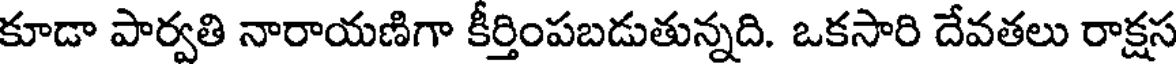
కూడా పార్వతి నారాయణిగా కీర్తింపబడుతున్నది. ఒకసారి దేవతలు రాక్షస